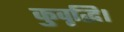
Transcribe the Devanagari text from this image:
कुवृद्धि।